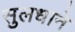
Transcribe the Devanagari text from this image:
सुलधाने